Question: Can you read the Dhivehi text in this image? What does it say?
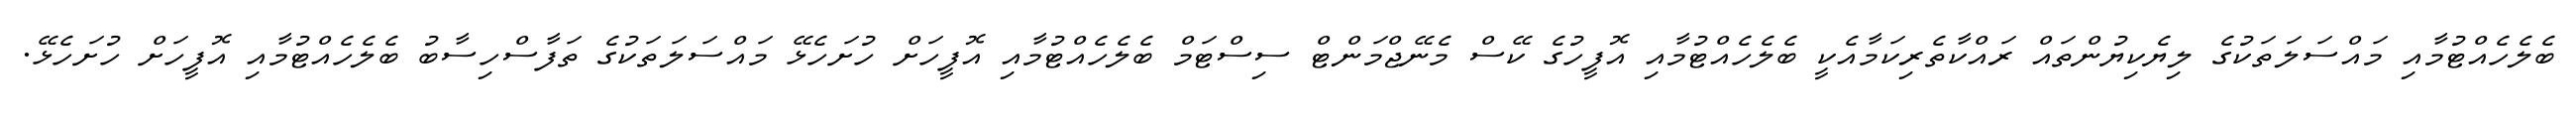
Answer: ބެލެހެއްޓުމާއި މައްސަލަތަކުގެ ލިޔެކިޔުންތައް ރައްކާތެރިކަމާއެކީ ބެލެހެއްޓުމާއި އޮފީހުގެ ކޭސް މެނޭޖްމަންޓް ސިސްޓަމް ބެލެހެއްޓުމާއި އޮފީހަށް ހުށަހެޅޭ މައްސަލަތަކުގެ ތަފާސްހިސާބު ބެލެހެއްޓުމާއި އޮފީހަށް ހުށަހެޅޭ.